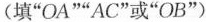
(填“OA”“AC”或“OB”)